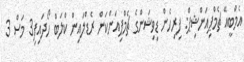
އެމްބީއޭ ޗެމްޕިއަންޝިޕް: ފިރިހެން ޑިވިޝަންގެ ޗެމްޕިއަންކަން ރެޑްލައިން ކްލަބް ހޯދައިފި3 މަސް 3